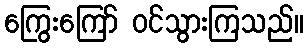
ကြွေးကြော် ဝင်သွားကြသည်။